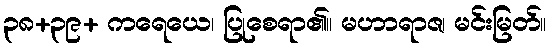
၃၈+၃၉+ ကရေယေ၊ ပြုစေရာ၏။ မဟာရာဇ၊ မင်းမြတ်။